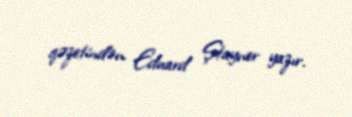
qəzetindən Eduard Ştayner yazır.